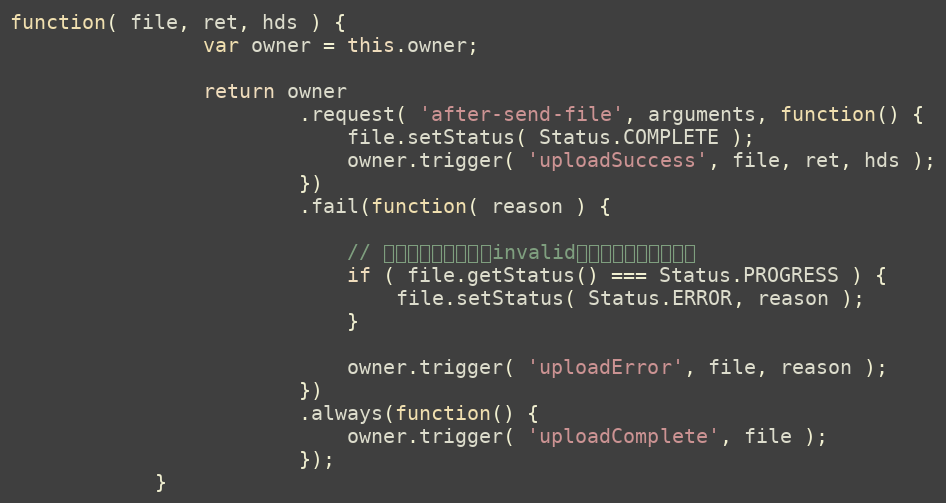
Language: JavaScript
function( file, ret, hds ) {
                var owner = this.owner;

                return owner
                        .request( 'after-send-file', arguments, function() {
                            file.setStatus( Status.COMPLETE );
                            owner.trigger( 'uploadSuccess', file, ret, hds );
                        })
                        .fail(function( reason ) {

                            // 如果外部已经标记为invalid什么的，不再改状态。
                            if ( file.getStatus() === Status.PROGRESS ) {
                                file.setStatus( Status.ERROR, reason );
                            }

                            owner.trigger( 'uploadError', file, reason );
                        })
                        .always(function() {
                            owner.trigger( 'uploadComplete', file );
                        });
            }